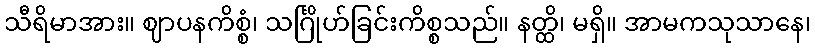
သီရိမာအား။ ဈာပနကိစ္စံ၊ သင်္ဂြိုဟ်ခြင်းကိစ္စသည်။ နတ္ထိ၊ မရှိ။ အာမကသုသာနေ၊